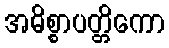
အဓိစ္စာပတ္တိကော